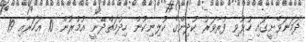
ދަމަނަވެށީގައި ހުޅުވި ފުރާވަރު ކުދިންގެ ކުލިނިކުން ހިދުމަތްދޭނީ އުމުރުން 10 އަހަރާއި 19